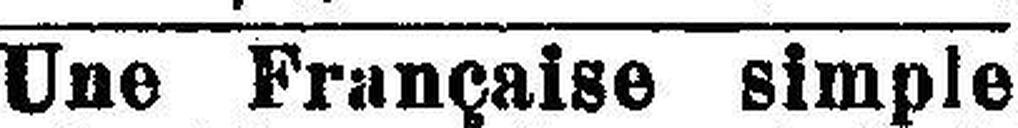
Une Française simple